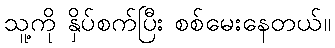
သူ့ကို နှိပ်စက်ပြီး စစ်မေးနေတယ်။